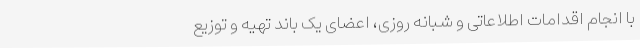
با انجام اقدامات اطلاعاتی و شبانه روزی، اعضای یک باند تهیه و توزیع